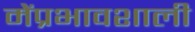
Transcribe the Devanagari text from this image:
मेंप्रभावशाली